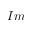
I m